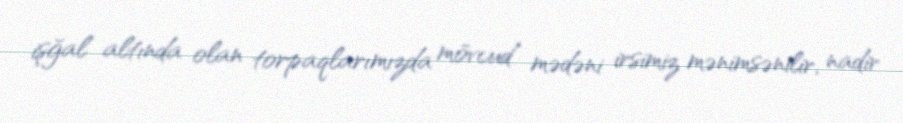
işğal altında olan torpaqlarımızda mövcud mədəni irsimiz mənimsənilir, nadir